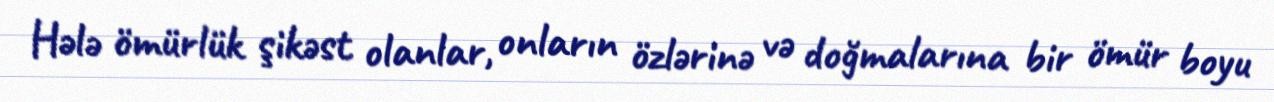
Hələ ömürlük şikəst olanlar, onların özlərinə və doğmalarına bir ömür boyu